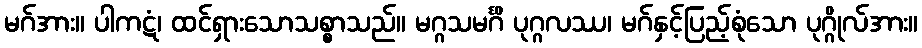
မဂ်အား။ ပါကဋံ၊ ထင်ရှားသောသစ္စာသည်။ မဂ္ဂသမင်္ဂိ ပုဂ္ဂလဿ၊ မဂ်နှင့်ပြည့်စုံသော ပုဂ္ဂိုလ်အား။